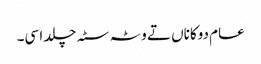
عام دوکاناں تے وٹہ سٹہ چلدا سی۔